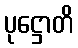
ပုဋ္ဌောတိ